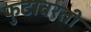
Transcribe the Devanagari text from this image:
फुटावरती